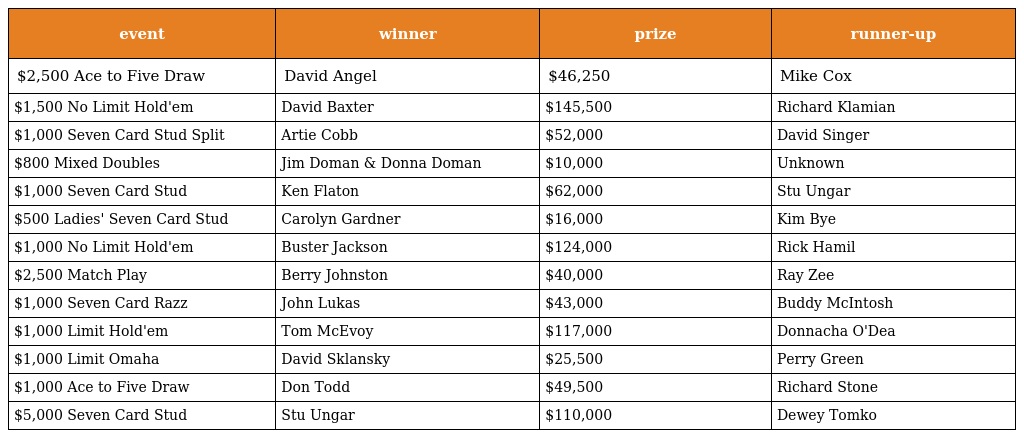
| event | winner | prize | runner-up |
 | --- | --- | --- | --- |
 | $2,500 Ace to Five Draw | David Angel | $46,250 | Mike Cox |
 | $1,500 No Limit Hold'em | David Baxter | $145,500 | Richard Klamian |
 | $1,000 Seven Card Stud Split | Artie Cobb | $52,000 | David Singer |
 | $800 Mixed Doubles | Jim Doman & Donna Doman | $10,000 | Unknown |
 | $1,000 Seven Card Stud | Ken Flaton | $62,000 | Stu Ungar |
 | $500 Ladies' Seven Card Stud | Carolyn Gardner | $16,000 | Kim Bye |
 | $1,000 No Limit Hold'em | Buster Jackson | $124,000 | Rick Hamil |
 | $2,500 Match Play | Berry Johnston | $40,000 | Ray Zee |
 | $1,000 Seven Card Razz | John Lukas | $43,000 | Buddy McIntosh |
 | $1,000 Limit Hold'em | Tom McEvoy | $117,000 | Donnacha O'Dea |
 | $1,000 Limit Omaha | David Sklansky | $25,500 | Perry Green |
 | $1,000 Ace to Five Draw | Don Todd | $49,500 | Richard Stone |
 | $5,000 Seven Card Stud | Stu Ungar | $110,000 | Dewey Tomko |